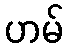
ဟမ်